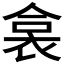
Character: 𧙳